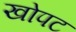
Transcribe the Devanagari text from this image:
खोपट